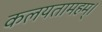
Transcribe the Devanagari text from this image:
कलयतामहम्।